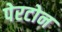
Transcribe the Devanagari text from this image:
पेरटोन